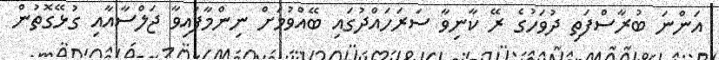
އަންނަ ބުރާސްފަތި ދުވަހުގެ ރޭ ކާނިވާ ސަރަހައްދުގައި ބޭއްވުމަށް ނިންމާފައިވާ ޖަލްސާއާއި ގުޅޭގޮތުން